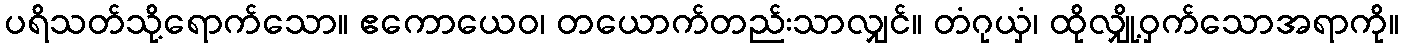
ပရိသတ်သို့ရောက်သော။ ဧကောယေဝ၊ တယောက်တည်းသာလျှင်။ တံဂုယှံ၊ ထိုလျှို့ဝှက်သောအရာကို။